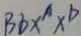
B b x ^ { A } x ^ { D }